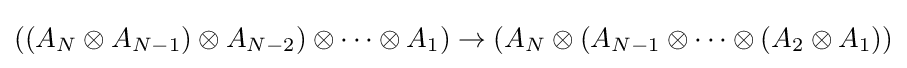
((A_{N}\otimes A_{N-1})\otimes A_{N-2})\otimes \cdots \otimes A_{1})\rightarrow (A_{N}\otimes (A_{N-1}\otimes \cdots \otimes (A_{2}\otimes A_{1}))